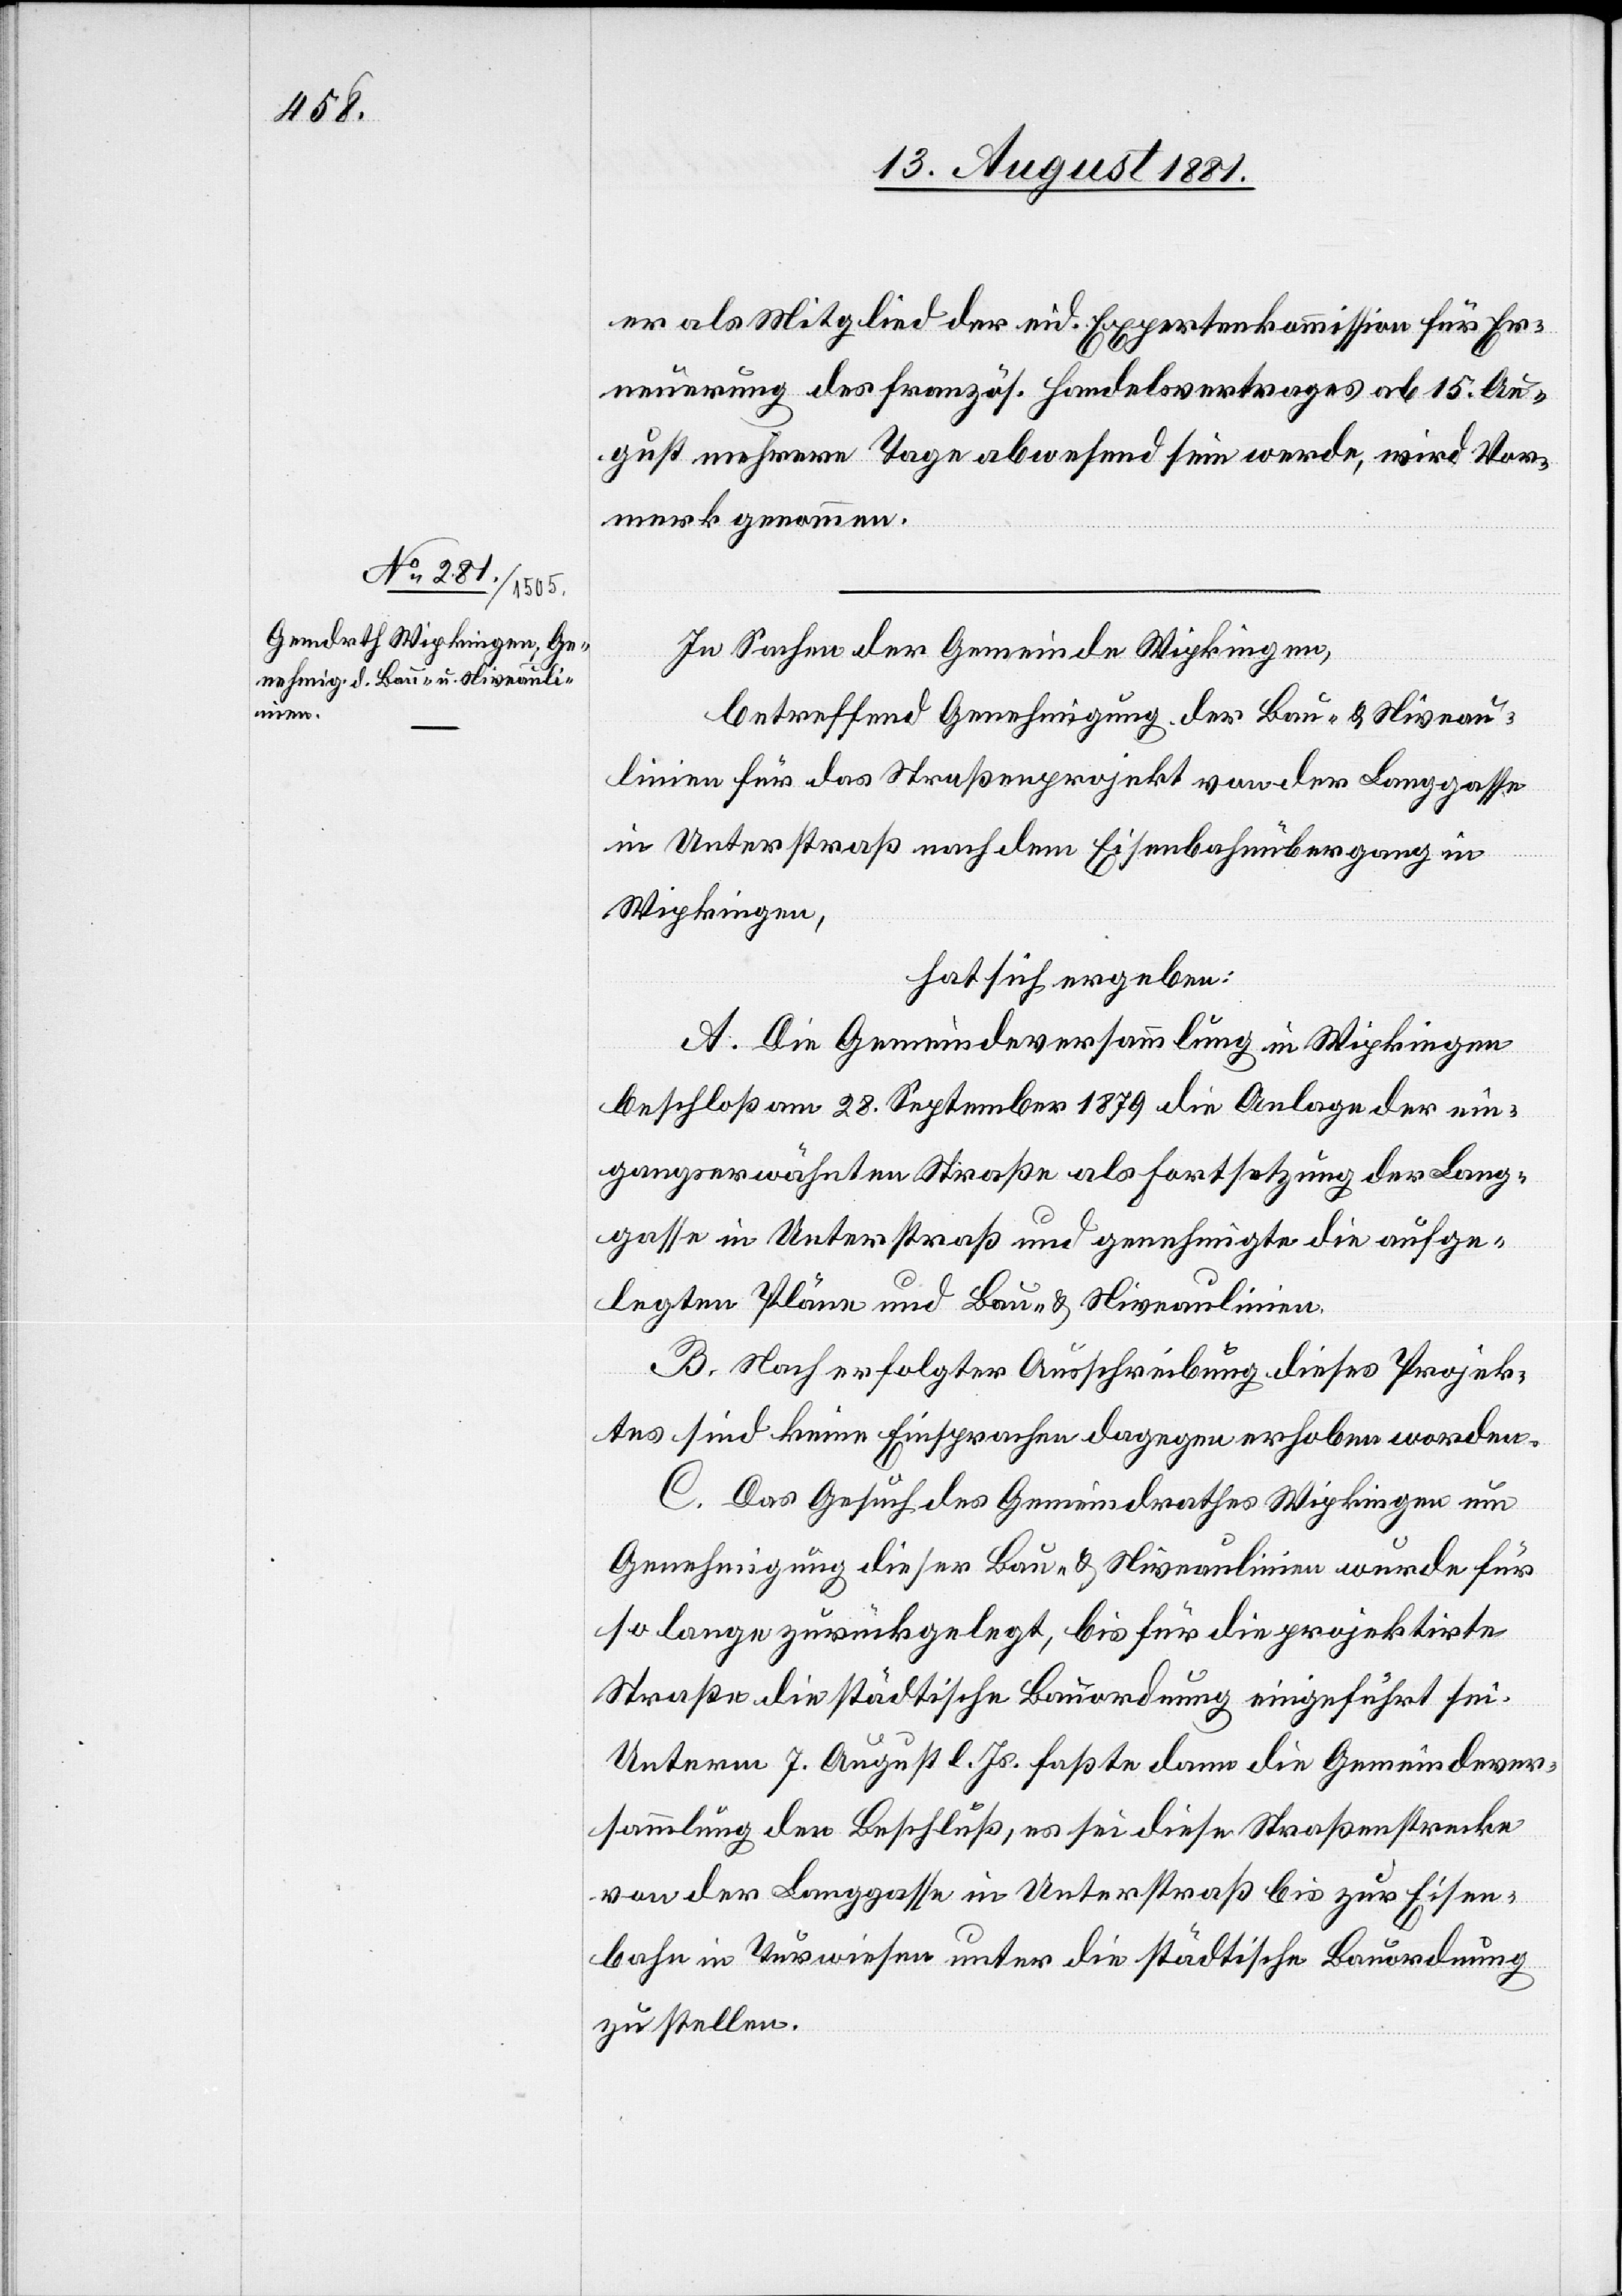
er als Mitglied der eid. Expertenkommission für Er¬
neuerung des französ. Handelsvertrages ab 15. Au¬
gust mehrere Tage abwesend sein werde, wird Vor¬
merk genommen.
In Sachen der Gemeinde Wipkingen,
betreffend Genehmigung der Bau- & Niveau¬
linien für das Straßenprojekt von der Langgasse
in Unterstraß nach dem Eisenbahnübergang in
Wipkingen,
hat sich ergeben:
A. Die Gemeindeversammlung in Wipkingen
beschloß am 28. September 1879 die Anlage der ein¬
gangs erwähnten Straße als Fortsetzung der Lang¬
gasse in Unterstraß und genehmigte die aufge¬
legten Pläne und Bau- & Niveaulinien.
B. Nach erfolgter Ausschreibung dieses Projek¬
tes sind keine Einsprachen dagegen erhoben worden.
C. Das Gesuch des Gemeindrathes Wipkingen um
Genehmigung dieser Bau- & Niveaulinien wurde für
so lange zurückgelegt, bis für die projektirte
Straße die städtische Bauordnung eingeführt sei.
Unterm 7. August l. Js. faßte dann die Gemeindever¬
sammlung den Beschluß, es sei diese Straßenstrecke
von der Langgasse in Unterstraß bis zur Eisen¬
bahn in Turwiesen unter die städtische Bauordnung
zu stellen.